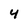
Character: 4